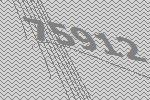
75912